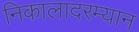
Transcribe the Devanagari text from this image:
निकालादरम्यान